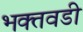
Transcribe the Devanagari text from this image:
भक्तवडी